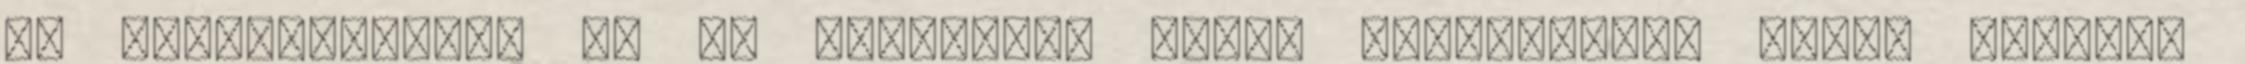
és inkarnációkon át is érvényes, ennek bemutatását David Wilcock